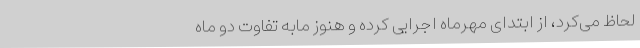
لحاظ می‌کرد، از ابتدای مهرماه اجرایی کرده و هنوز مابه تفاوت دو ماه